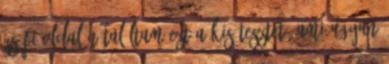
Zsófi oldalán találtam ezt a kis tesztet, ami ugyan